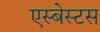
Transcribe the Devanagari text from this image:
एस्‍बेस्‍टस